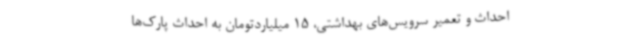
احداث و تعمیر سرویس‌های بهداشتی، 15 میلیاردتومان به احداث پارک‌ها